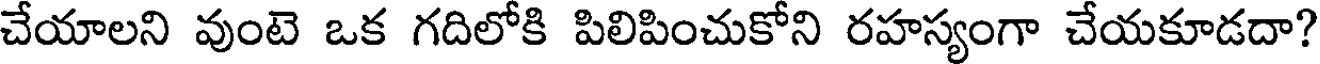
చేయాలని వుంటె ఒక గదిలోకి పిలిపించుకోని రహస్యంగా చేయకూడదా?